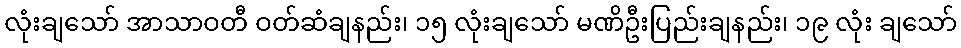
လုံးချသော် အာသာဝတီ ဝတ်ဆံချနည်း၊ ၁၅ လုံးချသော် မဏိဦးပြည်းချနည်း၊ ၁၉ လုံး ချသော်